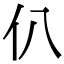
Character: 仈